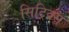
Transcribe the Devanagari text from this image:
सिट्रिक्स